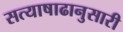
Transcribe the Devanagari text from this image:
सत्याषाढानुसारी